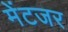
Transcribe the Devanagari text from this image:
मेंटजर